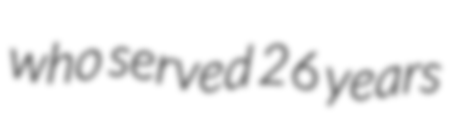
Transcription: who served 26 years